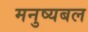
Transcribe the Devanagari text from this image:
मनुष्यबल